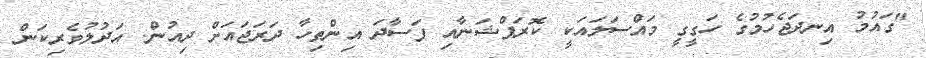
"ގައުމު އިނދަޖެހުމުގެ ހަގީގީ މައްސަލައަަކީ ކޮރަޕްޝަނާއި ފަސާދަ އިންތިހާ ދަރަޖައަށް ދިއުން. އަދުލުވެރިކަން